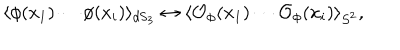
LaTeX: \langle \phi ( x _ { 1 } ) \cdots \phi ( x _ { i } ) \rangle _ { \mathrm { d S } _ { 3 } } \leftrightarrow \langle { \cal { O } } _ { \phi } ( x _ { 1 } ) \cdots { \cal { O } } _ { \phi } ( x _ { i } ) \rangle _ { S ^ { 2 } } ,